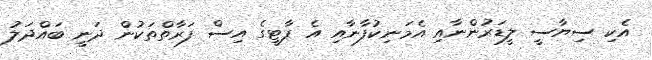
އެކި ސިޔާސީ ލީޑަރުންނާއި އެމަނިކުފާނާއި އެ ޕާޓީގެ އިސް ފަރާތްތަކުން ދަނީ ބައްދަލު